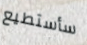
سأستطيع